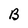
Character: B